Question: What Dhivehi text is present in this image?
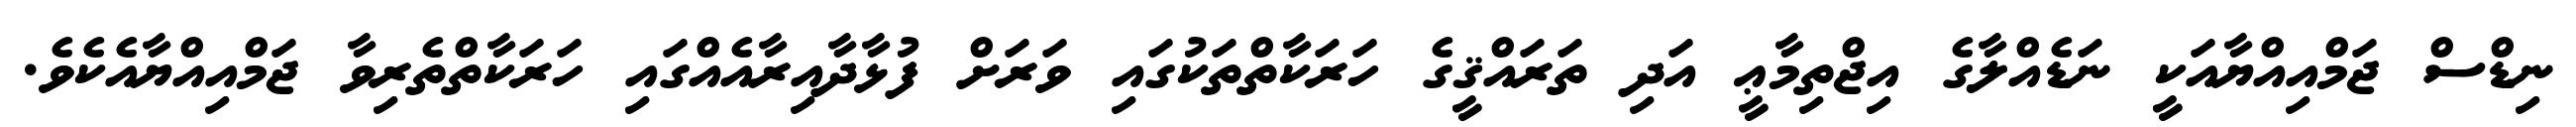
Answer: ނިޑްސް ޖަމްއިއްޔާއަކީ ނަޑެއްލާގެ އިޖްތިމާޢީ އަދި ތަރައްޤީގެ ހަރަކާތްތަކުގައި ވަރަށް ފުޅާދާއިރާއެއްގައި ހަރަކާތްތެރިވާ ޖަމްއިއްޔާއެކެވެ.